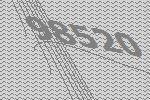
98520